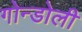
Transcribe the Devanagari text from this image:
गोन्डोली